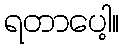
ရတာပေါ့။